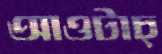
আওটাচ্